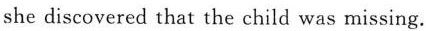
she discovered that the child was missing.